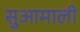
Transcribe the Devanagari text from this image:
सुआमाली